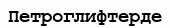
Петроглифтерде